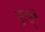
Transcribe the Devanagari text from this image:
दुल्से